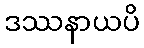
ဒဿနာယပိ